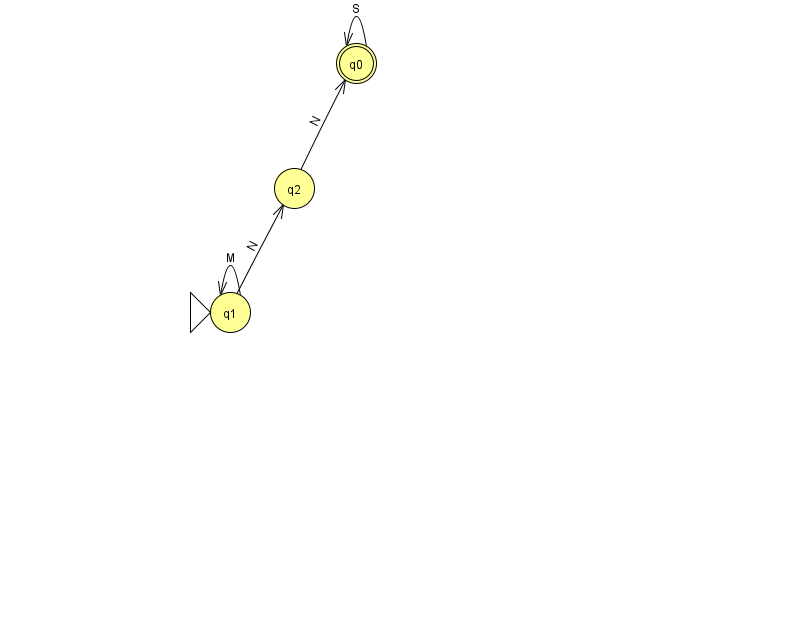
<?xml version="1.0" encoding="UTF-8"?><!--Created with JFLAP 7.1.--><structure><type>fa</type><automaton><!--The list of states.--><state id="0" name="q0"><x>356.0</x><y>50.0</y><final/></state><state id="1" name="q1"><x>230.0</x><y>299.0</y><initial/></state><state id="2" name="q2"><x>294.0</x><y>175.0</y></state><!--The list of transitions.--><transition><from>2</from><to>0</to><read>N</read></transition><transition><from>0</from><to>0</to><read>S</read></transition><transition><from>1</from><to>1</to><read>M</read></transition><transition><from>1</from><to>2</to><read>N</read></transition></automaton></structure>